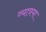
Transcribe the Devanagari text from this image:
व्यात्रया